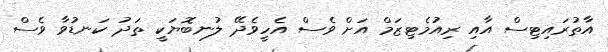
އާތުރައިޓިސް އާއި ރިއުމެޓިޒަމް އަށް ވެސް އެހީވެދޭ ލުނބޮޔަކީ ތަދު ކަނޑުވާ ވެސް